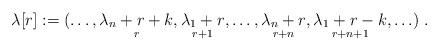
LaTeX: \begin{align*}\lambda \lbrack r]:=(\ldots ,\underset{r}{\lambda _{n}+r+k},\underset{r+1}{\lambda _{1}+r},\ldots ,\underset{r+n}{\lambda _{n}+r},\underset{r+n+1}{\lambda _{1}+r-k},\ldots )\;. \end{align*}